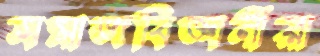
সমাজবিজ্ঞানীরা